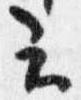
云